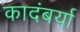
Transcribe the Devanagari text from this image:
कादंबर्या